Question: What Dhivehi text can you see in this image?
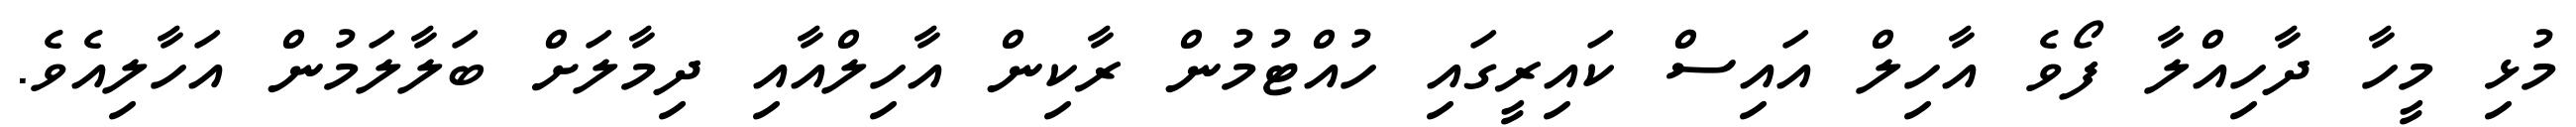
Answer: މުޅި މީހާ ދާހިއްލާ ފޯވެ އާހިލް އައިސް ކައިރީގައި ހުއްޓުމުން ރާކިން އާހިލްއާއި ދިމާލަށް ބަލާލަމުން އަހާލިއެވެ.